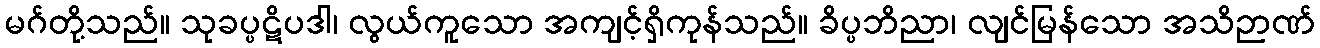
မဂ်တို့သည်။ သုခပ္ပဋိပဒါ၊ လွယ်ကူသော အကျင့်ရှိကုန်သည်။ ခိပ္ပဘိညာ၊ လျင်မြန်သော အသိဉာဏ်